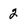
Character: 2